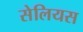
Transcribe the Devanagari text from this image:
सेलियस